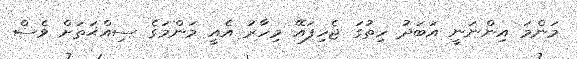
މަންމަ އިންނަނީ އަބަދު ހިތުގަ ޖެހިފައޭ މިހާރު އެއީ މަންމަގެ ސިއްޙަތަށް ވެސް